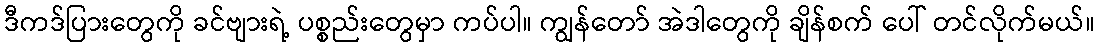
ဒီကဒ်ပြားတွေကို ခင်ဗျားရဲ့ ပစ္စည်းတွေမှာ ကပ်ပါ။ ကျွန်တော် အဲဒါတွေကို ချိန်စက် ပေါ် တင်လိုက်မယ်။